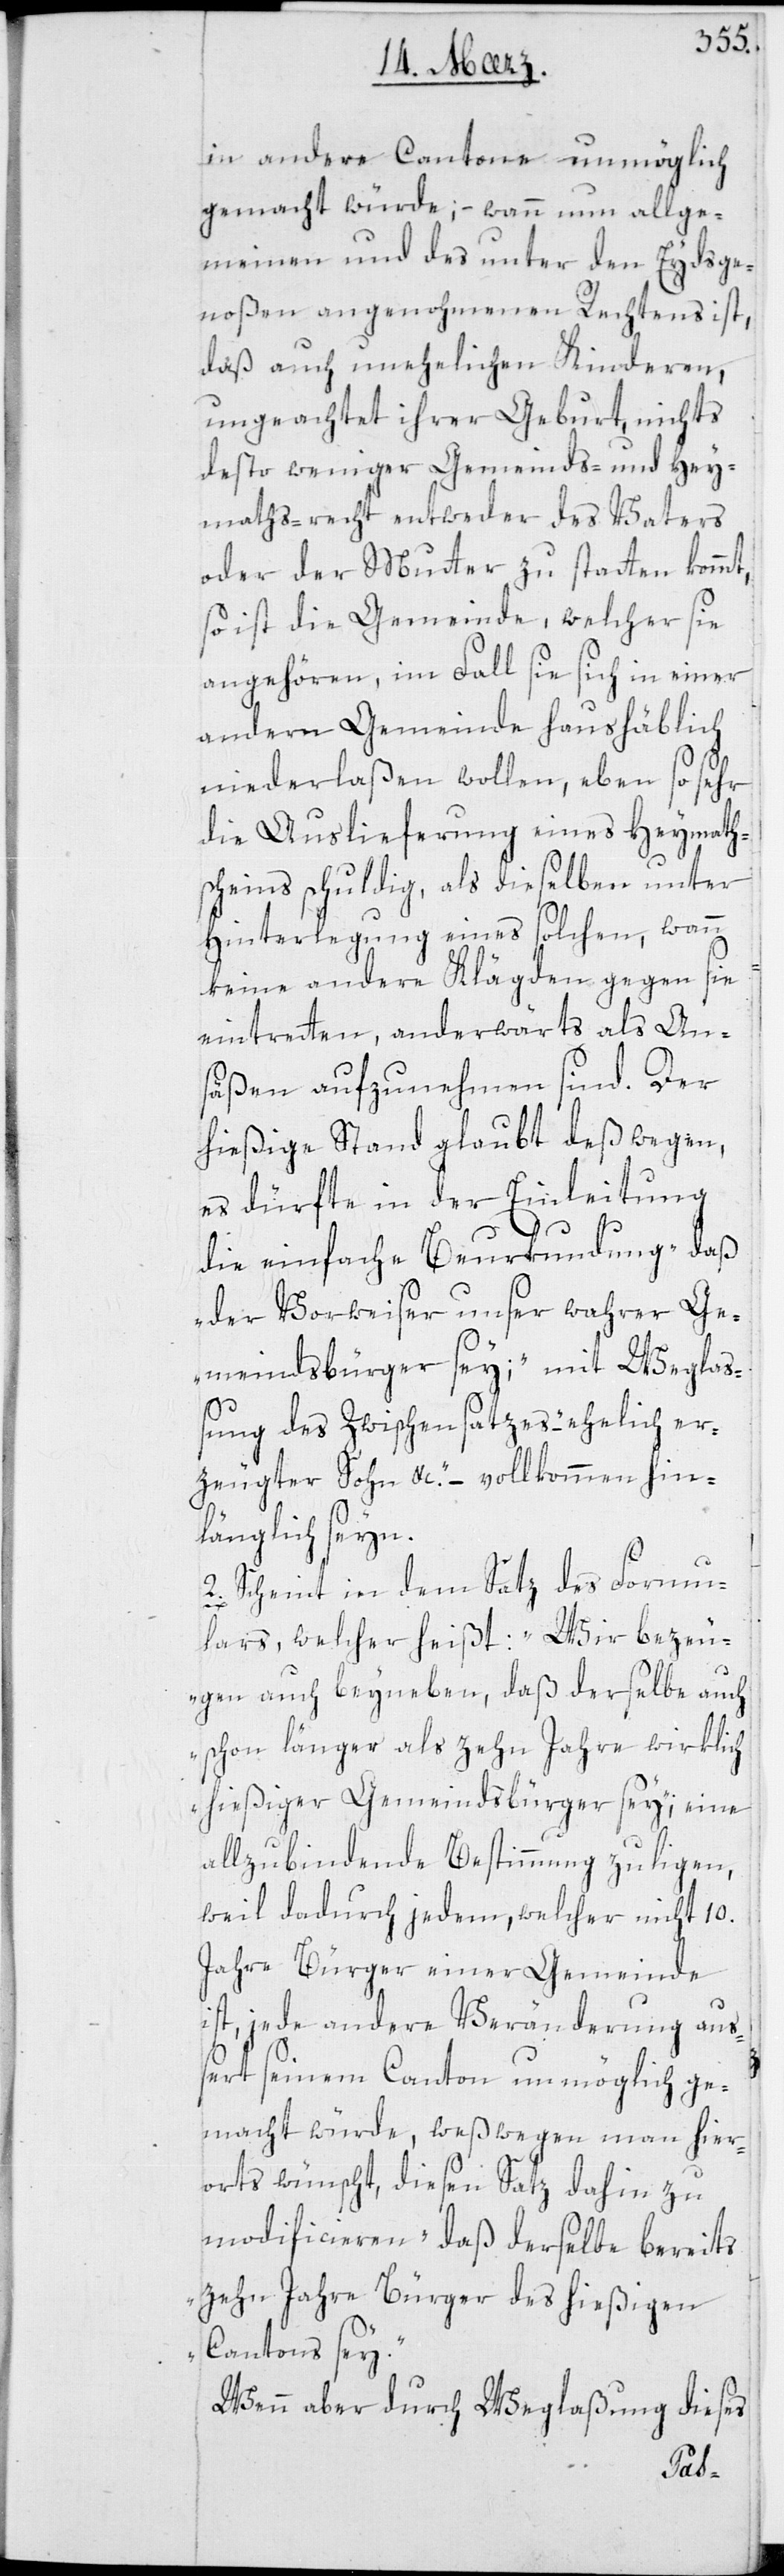
in andere Cantone unmöglich
gemacht würde; – wann nun allge¬
meinen und des unter den Eydsge¬
noßen angenohmenen Rechtens ist,
daß auch unehelichen Kinderen,
ungeachtet ihrer Geburt, nichts
desto weniger Gemeinds- und Hey¬
mathsrecht entweder des Vaters
oder der Mutter zustatten kommt,
so ist die Gemeinde, welcher sie
angehören, im Fall sie sich in einer
andern Gemeinde haushäblich
niederlaßen wollen, eben so sehr
die Auslieferung eines Heymath¬
scheins schuldig, als dieselben unter
Hinterlegung eines solchen, wann
keine andere Klägden gegen sie
eintreten, anderwärts als An¬
säßen aufzunehmen sind. Der
hießige Stand glaubt deßwegen,
es dürfte in der Einleitung
die einfache Beurkundung „Daß
der Vorweiser unser wahrer Ge¬
meindsbürger sey“, mit Weglaß¬
ung des Zwischensatzes – „ehelich er¬
zeugter Sohn etc.“ – vollkommen hin¬
länglich sein.
2. Scheint in dem Satz des Formu¬
lars, welcher heißt: „Wir bezeu¬
gen auch beyneben, daß derselbe auch
schon länger als zehn Jahre wirklich
hießiger Gemeindsbürger sei“; eine
allzu bindende Bestimmung zuliegen,
weil dadurch jedem, welcher nicht 10.
Jahre Bürger einer Gemeinde
ist, jede andere Veränderung aus¬
sert seinem Canton unmöglich ge¬
macht würde, weswegen man hier¬
orts wünscht, diesen Satz dahin zu
modificieren „daß derselbe bereits
zehn Jahre Bürger des hießigen
Cantons sey.“
Wenn aber durch Weglaßung dieses